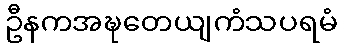
ဦနကအဍ္ဎတေယျကံသပရမံ